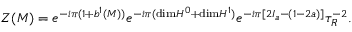
Z ( { \cal M } ) = e ^ { - i \pi ( 1 + b ^ { 1 } ( { \cal M } ) ) } e ^ { - i \pi ( \mathrm { d i m } H ^ { 0 } + \mathrm { d i m } H ^ { 1 } ) } e ^ { - i \pi [ 2 I _ { a } - ( 1 - 2 a ) ] } { \tau } _ { R } ^ { - 2 } .